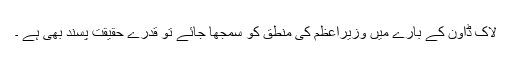
لاک ڈاؤن کے بارے میں وزیراعظم کی منطق کو سمجھا جائے تو قدرے حقیقت پسند بھی ہے ۔